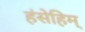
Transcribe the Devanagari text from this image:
हंसेहिम्‌